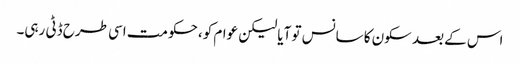
اس کے بعد سکون کا سانس تو آیا لیکن عوام کو، حکومت اسی طرح ڈٹی رہی۔